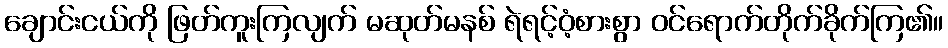
ချောင်းငယ်ကို ဖြတ်ကူးကြလျက် မဆုတ်မနစ် ရဲရင့်ဝံ့စားစွာ ဝင်ရောက်တိုက်ခိုက်ကြ၏။